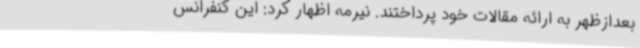
بعدازظهر به ارائه مقالات خود پرداختند. نیرمه اظهار کرد: این کنفرانس